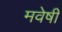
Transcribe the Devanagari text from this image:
मवेषी